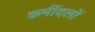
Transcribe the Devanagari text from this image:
कर्मीदलों